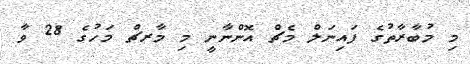
މި މުބާރާތުގެ ފައިނަލް މެޗް އޮންނާނީ މި މާރޗް މަހުގެ 28 ވާ